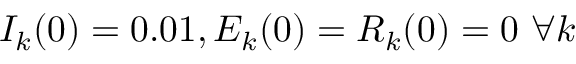
I _ { k } ( 0 ) = 0 . 0 1 , E _ { k } ( 0 ) = R _ { k } ( 0 ) = 0 \ \forall k